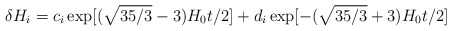
\begin{align*}\delta H_i = c_i \exp [(\sqrt{35/3}-3)H_0t/2 ]+ d_i \exp [-(\sqrt{35/3}+3)H_0t/2 ]\end{align*}